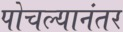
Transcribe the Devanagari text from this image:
पोचल्यानंतर